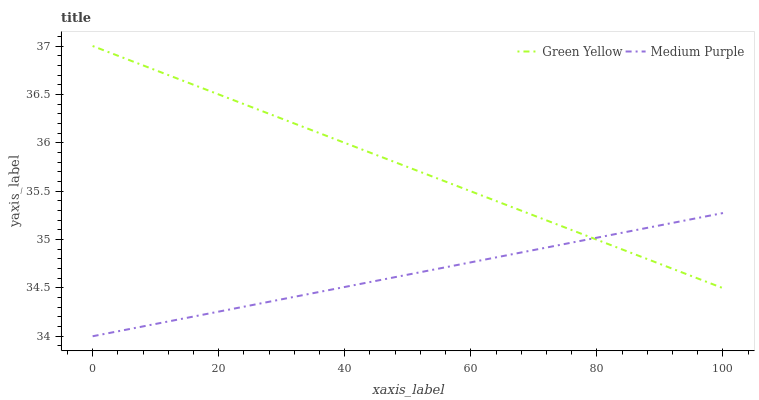
| xaxis_label | Green Yellow | Medium Purple |
 | --- | --- | --- |
 | 0 | 37 | 34 |
 | 9.09 | 36.8 | 34.1 |
 | 18.2 | 36.5 | 34.2 |
 | 27.3 | 36.3 | 34.3 |
 | 36.4 | 36.1 | 34.5 |
 | 45.5 | 35.9 | 34.6 |
 | 54.5 | 35.6 | 34.7 |
 | 63.6 | 35.4 | 34.8 |
 | 72.7 | 35.2 | 34.9 |
 | 81.8 | 35 | 35 |
 | 90.9 | 34.7 | 35.2 |
 | 100 | 34.5 | 35.3 |